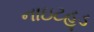
નાઇટહૂડ